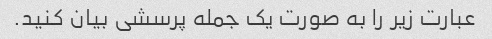
عبارت زیر را به صورت یک جمله پرسشی بیان کنید.